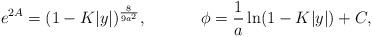
LaTeX: \begin{align*}e^{2A}=(1-K|y|)^{8\over{9a^2}},\ \ \ \ \ \ \ \ \ \ \phi={1\over a}\ln(1-K|y|)+C,\end{align*}